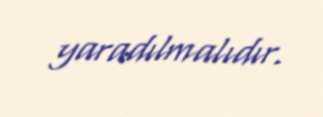
yaradılmalıdır.